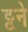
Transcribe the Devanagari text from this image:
ट्टने